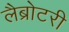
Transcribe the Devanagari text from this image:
लैब्रोटरी